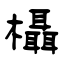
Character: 欇